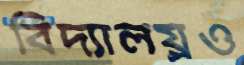
বিদ্যালয়্রও